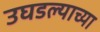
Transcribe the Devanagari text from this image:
उघडल्याच्या